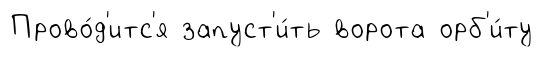
Прово́д'итс'я запуст'и́ть ворота орб'и́ту